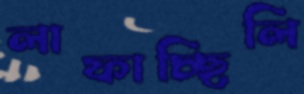
লাফাচ্ছিলি